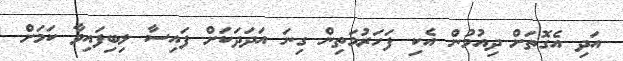
އަދި އެގޮތަށް ދިއުމުން އެކި ފަހަރުމަތިން ގިނަ އަދަދަަކަށް ފައިސާ ލިބިފައިވާ ކަމަށް